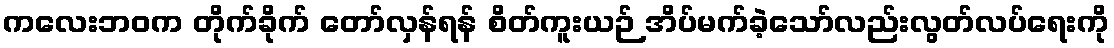
ကလေးဘဝက တိုက်ခိုက် တော်လှန်ရန် စိတ်ကူးယဉ် အိပ်မက်ခဲ့သော်လည်းလွတ်လပ်ရေးကို